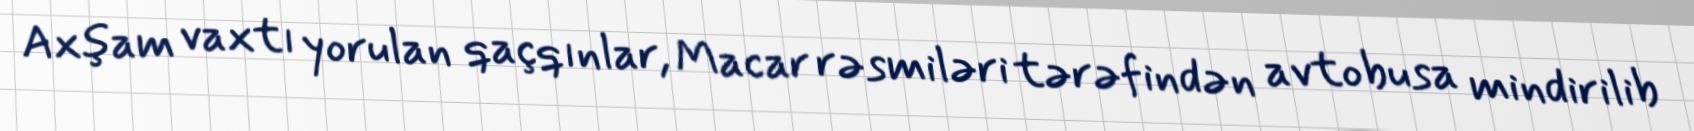
Axşam vaxtı yorulan qaçqınlar, Macar rəsmiləri tərəfindən avtobusa mindirilib